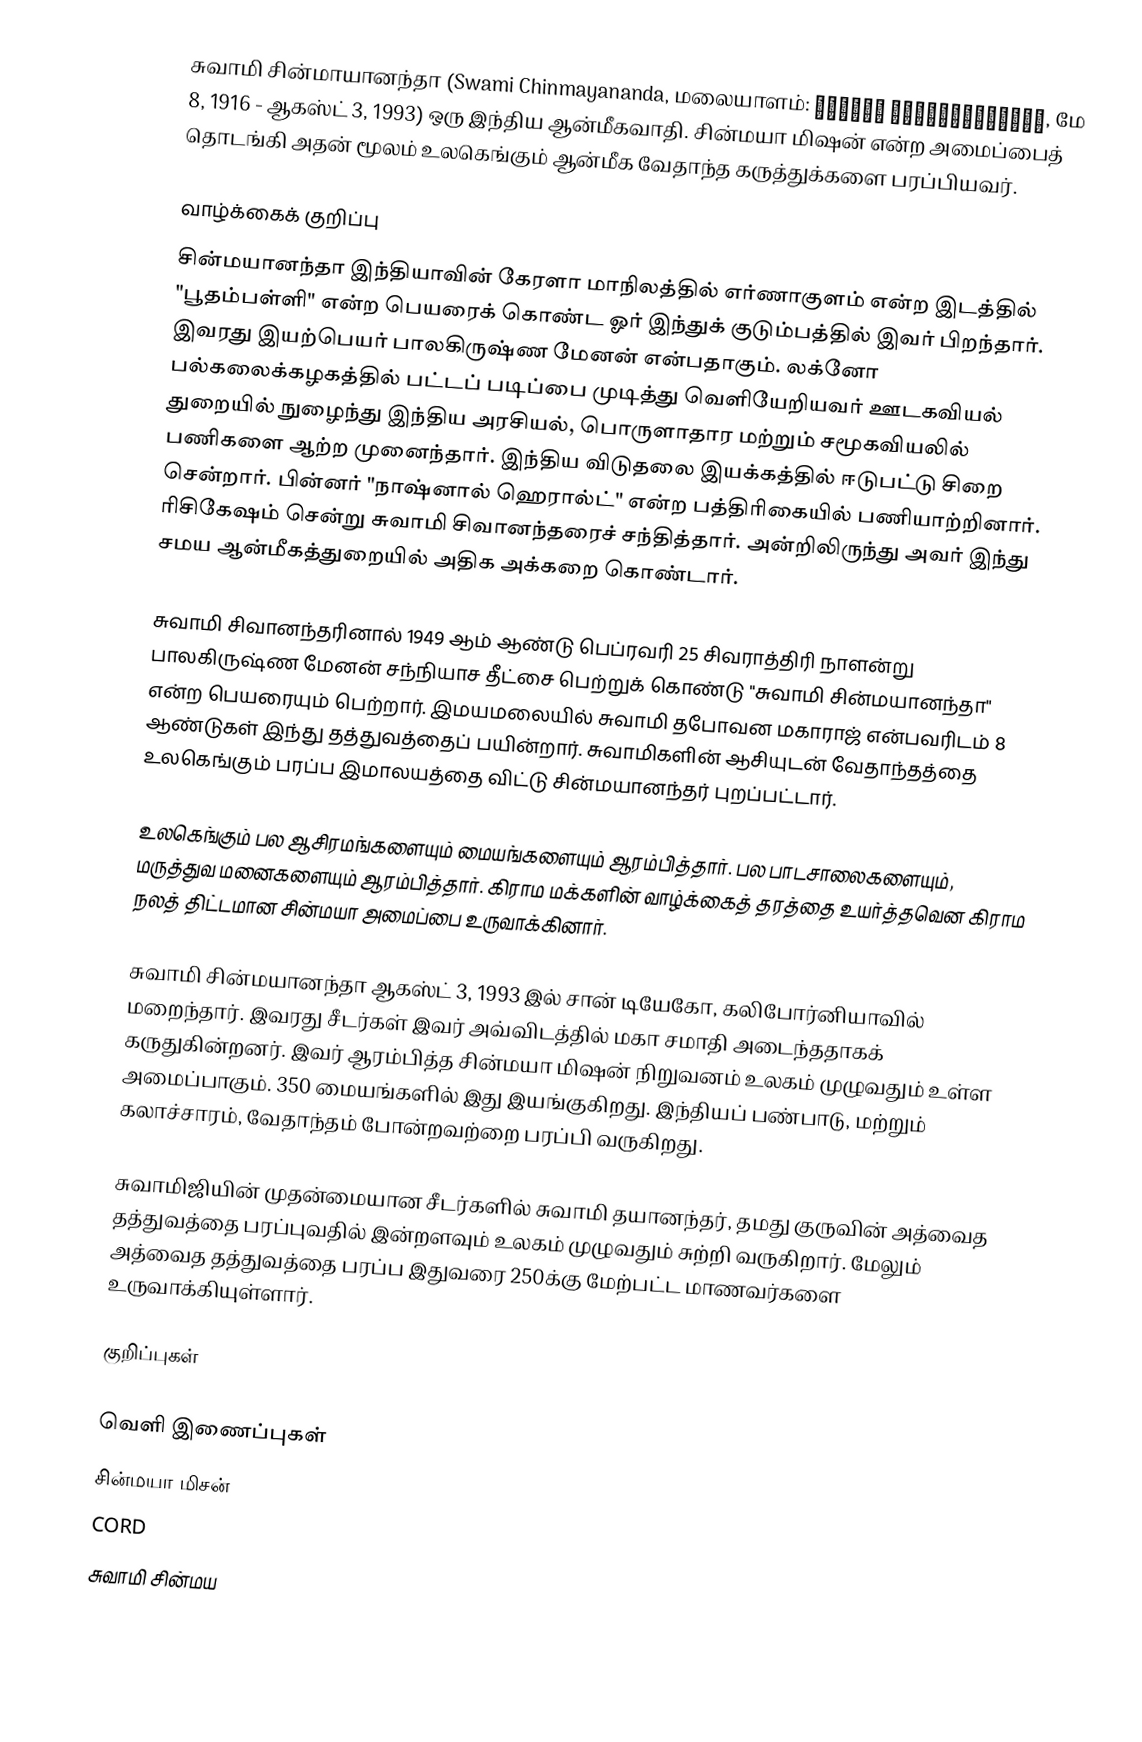
சுவாமி சின்மாயானந்தா (Swami Chinmayananda, மலையாளம்: സ്വാമി ചിന്മയാനന്ദന്, மே 8, 1916 - ஆகஸ்ட் 3, 1993) ஒரு இந்திய ஆன்மீகவாதி. சின்மயா மிஷன் என்ற அமைப்பைத் தொடங்கி அதன் மூலம் உலகெங்கும் ஆன்மீக வேதாந்த கருத்துக்களை பரப்பியவர்.

வாழ்க்கைக் குறிப்பு
சின்மயானந்தா இந்தியாவின் கேரளா மாநிலத்தில் எர்ணாகுளம் என்ற இடத்தில் "பூதம்பள்ளி" என்ற பெயரைக் கொண்ட ஓர் இந்துக் குடும்பத்தில் இவர் பிறந்தார். இவரது இயற்பெயர் பாலகிருஷ்ண மேனன் என்பதாகும். லக்னோ பல்கலைக்கழகத்தில் பட்டப் படிப்பை முடித்து வெளியேறியவர் ஊடகவியல் துறையில் நுழைந்து இந்திய அரசியல், பொருளாதார மற்றும் சமூகவியலில் பணிகளை ஆற்ற முனைந்தார். இந்திய விடுதலை இயக்கத்தில் ஈடுபட்டு சிறை சென்றார். பின்னர் "நாஷ்னால் ஹெரால்ட்" என்ற பத்திரிகையில் பணியாற்றினார். ரிசிகேஷம் சென்று சுவாமி சிவானந்தரைச் சந்தித்தார். அன்றிலிருந்து அவர் இந்து சமய ஆன்மீகத்துறையில் அதிக அக்கறை கொண்டார்.

சுவாமி சிவானந்தரினால் 1949 ஆம் ஆண்டு பெப்ரவரி 25 சிவராத்திரி நாளன்று பாலகிருஷ்ண மேனன் சந்நியாச தீட்சை பெற்றுக் கொண்டு "சுவாமி சின்மயானந்தா" என்ற பெயரையும் பெற்றார். இமயமலையில் சுவாமி தபோவன மகாராஜ் என்பவரிடம் 8 ஆண்டுகள் இந்து தத்துவத்தைப் பயின்றார். சுவாமிகளின் ஆசியுடன் வேதாந்தத்தை உலகெங்கும் பரப்ப இமாலயத்தை விட்டு சின்மயானந்தர் புறப்பட்டார்.

உலகெங்கும் பல ஆசிரமங்களையும் மையங்களையும் ஆரம்பித்தார். பல பாடசாலைகளையும், மருத்துவ மனைகளையும் ஆரம்பித்தார். கிராம மக்களின் வாழ்க்கைத் தரத்தை உயர்த்தவென கிராம நலத் திட்டமான சின்மயா அமைப்பை உருவாக்கினார்.

சுவாமி சின்மயானந்தா ஆகஸ்ட் 3, 1993 இல் சான் டியேகோ, கலிபோர்னியாவில் மறைந்தார். இவரது சீடர்கள் இவர் அவ்விடத்தில் மகா சமாதி அடைந்ததாகக் கருதுகின்றனர். இவர் ஆரம்பித்த சின்மயா மிஷன் நிறுவனம் உலகம் முழுவதும் உள்ள அமைப்பாகும். 350 மையங்களில் இது இயங்குகிறது. இந்தியப் பண்பாடு, மற்றும் கலாச்சாரம், வேதாந்தம் போன்றவற்றை பரப்பி வருகிறது.

சுவாமிஜியின் முதன்மையான சீடர்களில் சுவாமி தயானந்தர், தமது குருவின் அத்வைத தத்துவத்தை பரப்புவதில் இன்றளவும் உலகம் முழுவதும் சுற்றி வருகிறார். மேலும் அத்வைத தத்துவத்தை பரப்ப இதுவரை 250க்கு மேற்பட்ட மாணவர்களை உருவாக்கியுள்ளார்.

குறிப்புகள்

வெளி இணைப்புகள்
 சின்மயா மிசன்
 CORD
 சுவாமி சின்மய